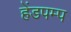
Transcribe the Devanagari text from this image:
हेंडपम्प